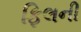
ફિલની